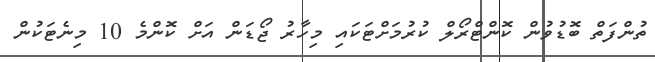
ތުންފަތް ބޮޑުވުން ކޮންޓްރޯލް ކުރުމަށްޓަކައި މިހާރު ޖޯޑަން އަށް ކޮންމެ 10 މިނެޓަކުން